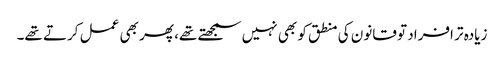
زیادہ تر افراد تو قانون کی منطق کو بھی نہیں سمجھتے تھے، پھر بھی عمل کرتے تھے۔